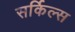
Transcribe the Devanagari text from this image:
सर्किल्स